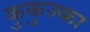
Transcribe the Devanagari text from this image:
कुकुज्का